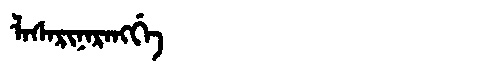
Manchu: ᠯᠠᠰᠠᡵᡳᠨᠠᡵᠠᠩᡤᡝ
Romanization: LASARINARANGGE